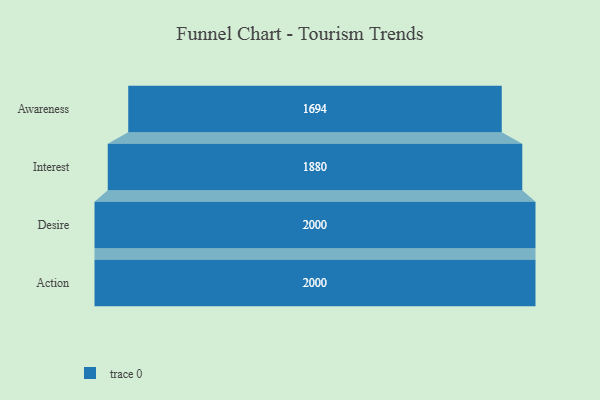
{"axis": {"x": "Stage", "y": "Value"}, "legend": [""], "data": [{"x": "Awareness", "y": 1694.0, "type": ""}, {"x": "Interest", "y": 1880.0, "type": ""}, {"x": "Desire", "y": 2000, "type": ""}, {"x": "Action", "y": 2000, "type": ""}]}